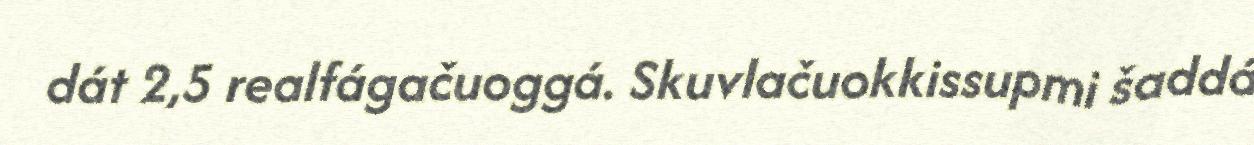
dát 2,5 realfágačuoggá. Skuvlačuokkissupmi šaddá